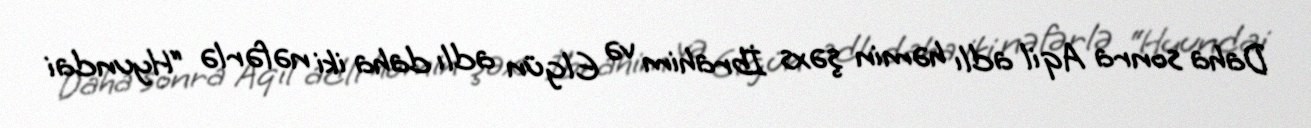
Daha sonra Aqil adlı həmin şəxs İbrahim və Elgün adlı daha iki nəfərlə “Hyundai